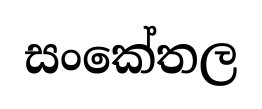
සංකේතල